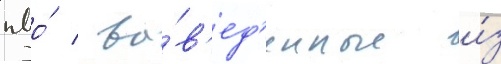
пво́ / вы́в'ед'енные и́з